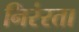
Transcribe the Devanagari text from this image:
निरंरता